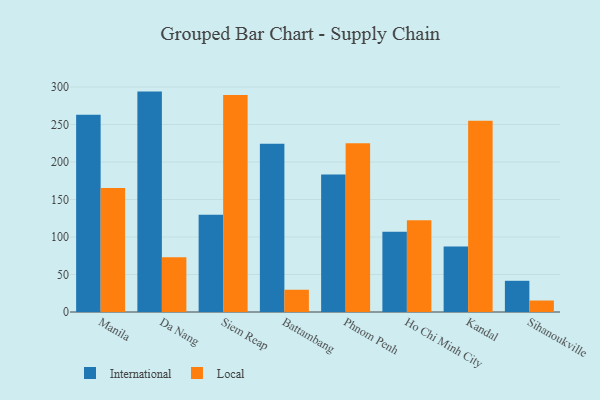
{"axis": {"x": "City", "y": "Active Users"}, "legend": ["International", "Local"], "data": [{"x": "Manila", "y": 262.9, "type": "International"}, {"x": "Manila", "y": 165.3, "type": "Local"}, {"x": "Da Nang", "y": 293.9, "type": "International"}, {"x": "Da Nang", "y": 73.1, "type": "Local"}, {"x": "Siem Reap", "y": 129.6, "type": "International"}, {"x": "Siem Reap", "y": 289.5, "type": "Local"}, {"x": "Battambang", "y": 224.3, "type": "International"}, {"x": "Battambang", "y": 29.7, "type": "Local"}, {"x": "Phnom Penh", "y": 183.3, "type": "International"}, {"x": "Phnom Penh", "y": 224.9, "type": "Local"}, {"x": "Ho Chi Minh City", "y": 106.9, "type": "International"}, {"x": "Ho Chi Minh City", "y": 122.5, "type": "Local"}, {"x": "Kandal", "y": 87.4, "type": "International"}, {"x": "Kandal", "y": 255.1, "type": "Local"}, {"x": "Sihanoukville", "y": 41.6, "type": "International"}, {"x": "Sihanoukville", "y": 15.3, "type": "Local"}]}